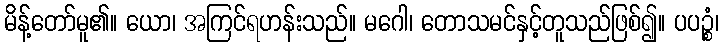
မိန့်တော်မူ၏။ ယော၊ အကြင်ရဟန်းသည်။ မဂေါ၊ တောသမင်နှင့်တူသည်ဖြစ်၍။ ပပဉ္စံ၊